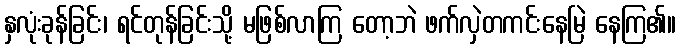
နှလုံးခုန်ခြင်း၊ ရင်တုန်ခြင်းသို့ မဖြစ်လာကြ တော့ဘဲ ဖက်လှဲတကင်းနေမြဲ နေကြ၏။